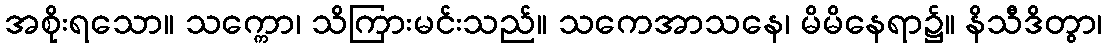
အစိုးရသော။ သက္ကော၊ သိကြားမင်းသည်။ သကေအာသနေ၊ မိမိနေရာ၌။ နိသီဒိတွာ၊